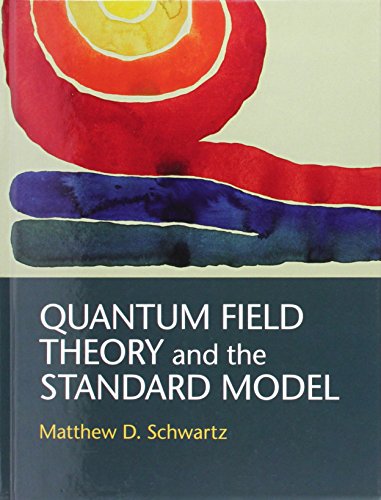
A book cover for Quantum Field Theory and the Standard Model; Matthew D. Schwartz; Science & Math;